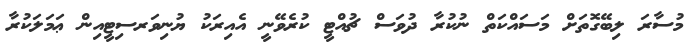
މުސާރަ ލިބޭގޮތަށް މަސައްކަތް ނުކުރާ ދުވަސް ޗުއްޓީ ކުރެވޭނީ އެއިރަކު ޔުނިވަރސިޓީއިން ޢަމަލަކުރާ